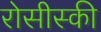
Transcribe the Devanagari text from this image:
रोसीस्की